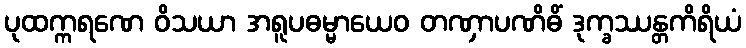
ပုထက္ကရဏေ ဝိသယာ အရူပဓမ္မာယေဝ တဏှာပဏိဓိံ ဒုက္ခဿန္တကိရိယံ